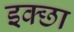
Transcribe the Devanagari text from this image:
इक्छा